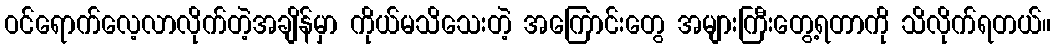
ဝင်ရောက်လေ့လာလိုက်တဲ့အချိန်မှာ ကိုယ်မသိသေးတဲ့ အကြောင်းတွေ အများကြီးတွေ့ရတာကို သိလိုက်ရတယ်။